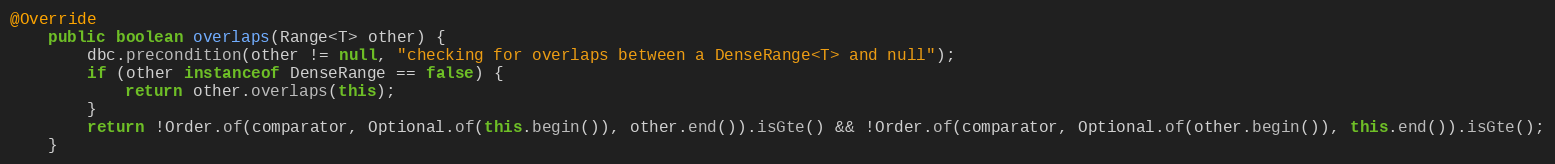
Language: Java
@Override
    public boolean overlaps(Range<T> other) {
        dbc.precondition(other != null, "checking for overlaps between a DenseRange<T> and null");
        if (other instanceof DenseRange == false) {
            return other.overlaps(this);
        }
        return !Order.of(comparator, Optional.of(this.begin()), other.end()).isGte() && !Order.of(comparator, Optional.of(other.begin()), this.end()).isGte();
    }